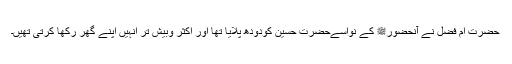
حضرت ام فضل ؓنے آنحضورﷺ کے نواسےحضرت حسین ؓکودودھ پلایا تھا اور اکثر وبیش تر انہیں اپنے گھر رکھا کرتی تھیں۔